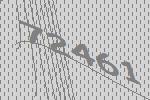
72461